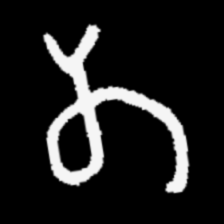
Pyu character \u2014 Myanmar letter: တ (romanized: ta)